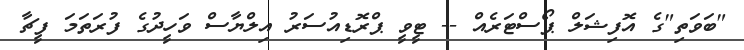
"ބަވަތި"ގެ އޮފިޝަލް ޕޯސްޓަރެއް -- ޓީވީ ޕްރޮޑިއުސަރު އިލްޔާސް ވަހީދުގެ ފުރަތަމަ ފީޗާ